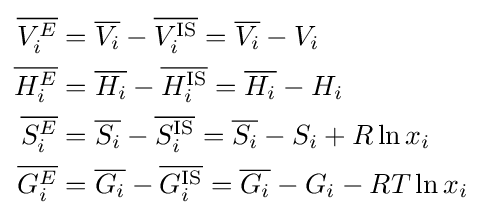
{\begin{aligned}{\overline {V_{i}^{E}}}&={\overline {V_{i}}}-{\overline {V_{i}^{\text{IS}}}}={\overline {V_{i}}}-V_{i}\\{\overline {H_{i}^{E}}}&={\overline {H_{i}}}-{\overline {H_{i}^{\text{IS}}}}={\overline {H_{i}}}-H_{i}\\{\overline {S_{i}^{E}}}&={\overline {S_{i}}}-{\overline {S_{i}^{\text{IS}}}}={\overline {S_{i}}}-S_{i}+R\ln x_{i}\\{\overline {G_{i}^{E}}}&={\overline {G_{i}}}-{\overline {G_{i}^{\text{IS}}}}={\overline {G_{i}}}-G_{i}-RT\ln x_{i}\end{aligned}}